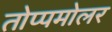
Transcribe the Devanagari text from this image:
तोप्पमोलर